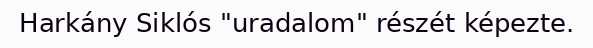
Harkány Siklós "uradalom" részét képezte.